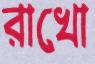
রাখো